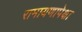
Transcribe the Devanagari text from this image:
रामायणापेक्षा